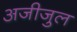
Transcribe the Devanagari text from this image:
अजीजुल